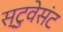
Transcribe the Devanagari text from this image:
स्टुवेसंट